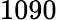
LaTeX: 1090